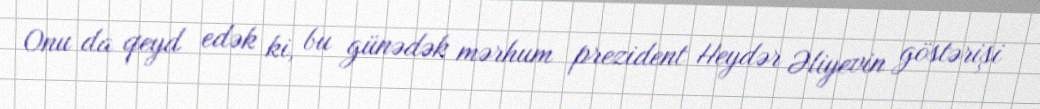
Onu da qeyd edək ki, bu günədək mərhum prezident Heydər Əliyevin göstərişi